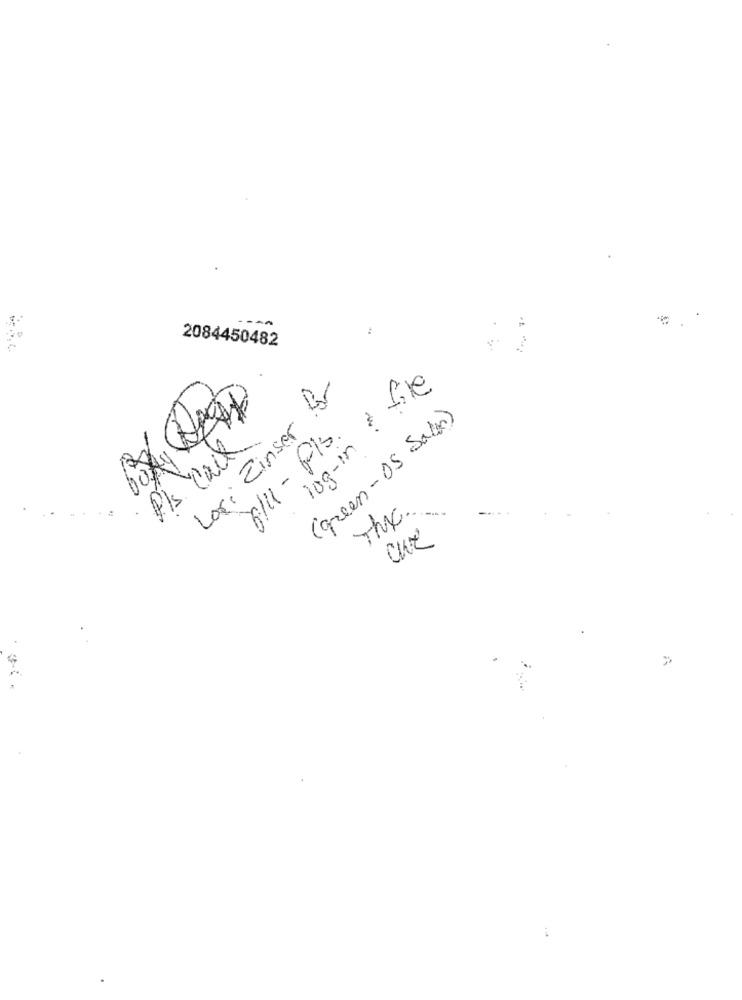
--- A
:
2084450482
log-in : file
Lori Einser för
(green-OS Sale)
6/11 - Pis.
Pls Cach
The.